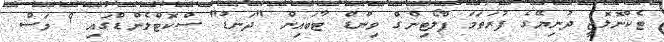
ޓެކްނޮލޮޖީ ދުނިޔޭގެ ފުރަތަމަ ފްލޯޓިންގް ވިންޑް ޓާބައިން "ދަނޑު" ސްކޮޓްލެންޑްގައި 9 މަސް